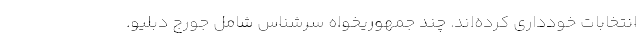
انتخابات خودداری کرده‌اند. چند جمهوریخواه سرشناس شامل جورج دبلیو.